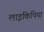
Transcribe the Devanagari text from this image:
लाइकिपिया